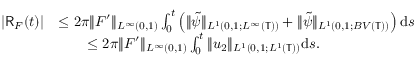
\begin{array} { r l } { | \mathsf { R } _ { F } ( t ) | } & { \leq 2 \pi \| F ^ { \prime } \| _ { L ^ { \infty } ( 0 , 1 ) } \int _ { 0 } ^ { t } \left( \| \tilde { \psi } \| _ { L ^ { 1 } ( 0 , 1 ; L ^ { \infty } ( \mathbb { T } ) ) } + \| \tilde { \psi } \| _ { L ^ { 1 } ( 0 , 1 ; B V ( \mathbb { T } ) ) } \right) \mathrm { d } s } \\ & { \qquad \leq 2 \pi \| F ^ { \prime } \| _ { L ^ { \infty } ( 0 , 1 ) } \int _ { 0 } ^ { t } \| u _ { 2 } \| _ { L ^ { 1 } ( 0 , 1 ; L ^ { 1 } ( \mathbb { T } ) ) } \mathrm { d } s . } \end{array}